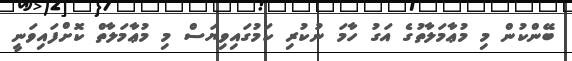
ބޭންކުން މި މުޢާމަލާތުގެ އަގު ހާމަ ނުކުރި ކަމުގައިވިޔަސް މި މުޢާމަލާތް ކޮށްފައިވަނީ